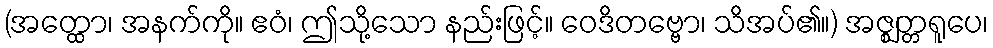
(အတ္ထော၊ အနက်ကို။ ဧဝံ၊ ဤသို့သော နည်းဖြင့်။ ဝေဒိတဗ္ဗော၊ သိအပ်၏။) အဇ္ဈတ္တရူပေ၊